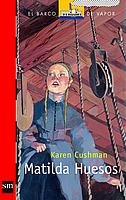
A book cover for Matilda huesos/ Matilda Bone (El Barco De Vapor: Serie Roja/ the Steamboat: Red Series) (Spanish Edition); Karen Cushman; Teen & Young Adult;